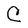
Character: C